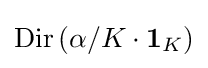
\operatorname {Dir} \left(\alpha /K\cdot \mathbf {1} _{K}\right)